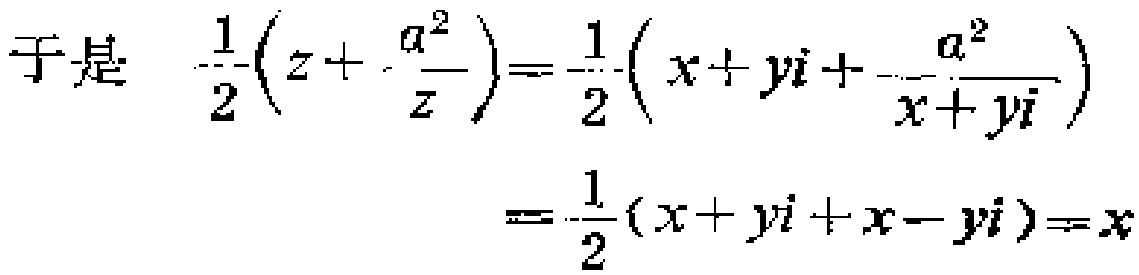
\[
\begin{align*}
\text{于是}\quad \frac{1}{2}\left(z + \frac{a^{2}}{z}\right)&=\frac{1}{2}\left(x + yi+ \frac{a^{2}}{x + yi}\right)\\
&=\frac{1}{2}(x + yi + x - yi)=x
\end{align*}
\]